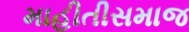
માહીતીસમાજ